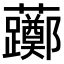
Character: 𫊛